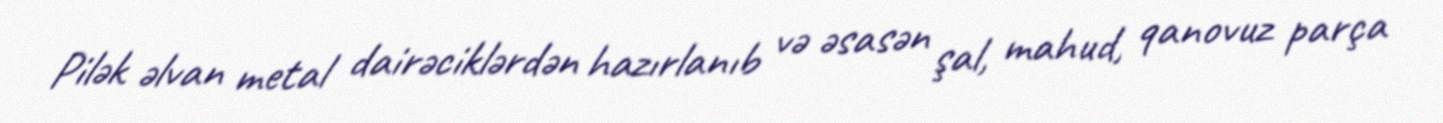
Pilək əlvan metal dairəciklərdən hazırlanıb və əsasən şal, mahud, qanovuz parça